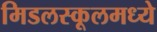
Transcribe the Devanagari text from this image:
मिडलस्कूलमध्ये